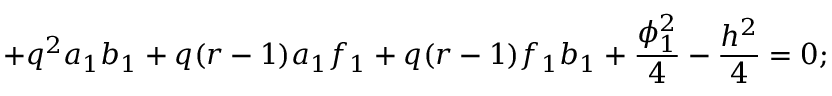
+ q ^ { 2 } a _ { 1 } b _ { 1 } + q ( r - 1 ) a _ { 1 } f _ { 1 } + q ( r - 1 ) f _ { 1 } b _ { 1 } + \frac { \phi _ { 1 } ^ { 2 } } { 4 } - \frac { h ^ { 2 } } { 4 } = 0 ;